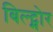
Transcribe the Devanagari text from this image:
बिल्ट्मोर